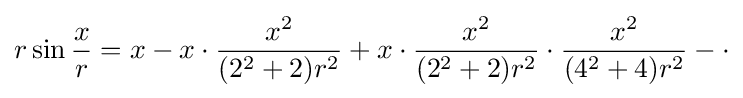
r\sin {\frac {x}{r}}=x-x\cdot {\frac {x^{2}}{(2^{2}+2)r^{2}}}+x\cdot {\frac {x^{2}}{(2^{2}+2)r^{2}}}\cdot {\frac {x^{2}}{(4^{2}+4)r^{2}}}-\cdot